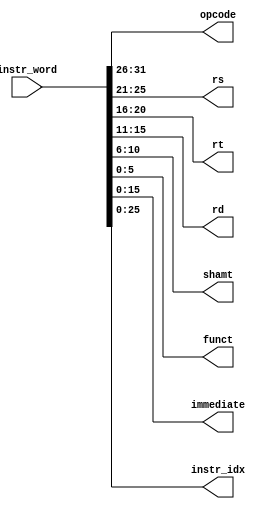
`timescale 1ns / 1ps
//////////////////////////////////////////////////////////////////////////////////
// Version:     2.19 19:44
// Reviewer:
// Review Date:
//////////////////////////////////////////////////////////////////////////////////

// [combinational logic]
// splits instruction word (32 bit) for later use
module InstructionWordSpliter
(
    input   wire    [31:0]      instr_word, // instruction word
    output  wire    [5:0]       opcode,     // operation code (to ~controller~)
    output  wire    [4:0]       rs,         // source register
    output  wire    [4:0]       rt,         // target register
    output  wire    [4:0]       rd,         // destination register
    output  wire    [4:0]       shamt,      // misc parameter to ~ALU~
    output  wire    [5:0]       funct,      // function to ~controller~
    output  wire    [15:0]      immediate,  // immediate number
    output  wire    [25:0]      instr_idx   // for jump `J`
);

assign opcode   = instr_word[31:26];
assign rs       = instr_word[25:21];
assign rt       = instr_word[20:16];
assign rd       = instr_word[15:11];
assign shamt    = instr_word[10:6];
assign funct    = instr_word[5:0];
assign immediate = instr_word[15:0];
assign instr_idx = instr_word[25:0];

endmodule